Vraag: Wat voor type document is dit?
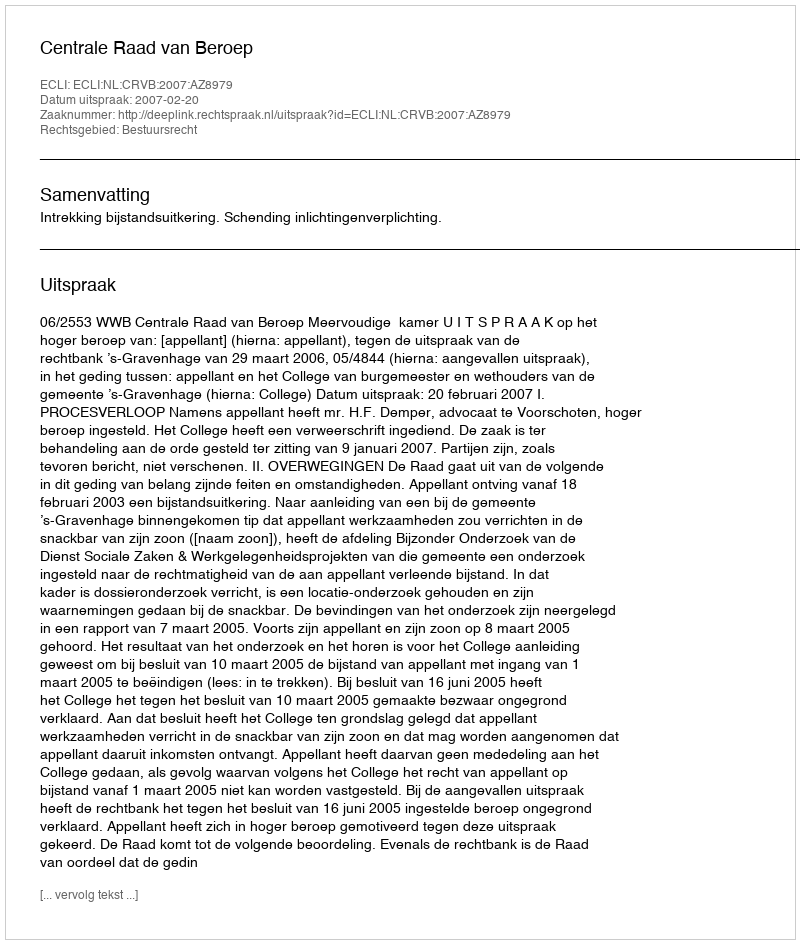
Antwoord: Uitspraak